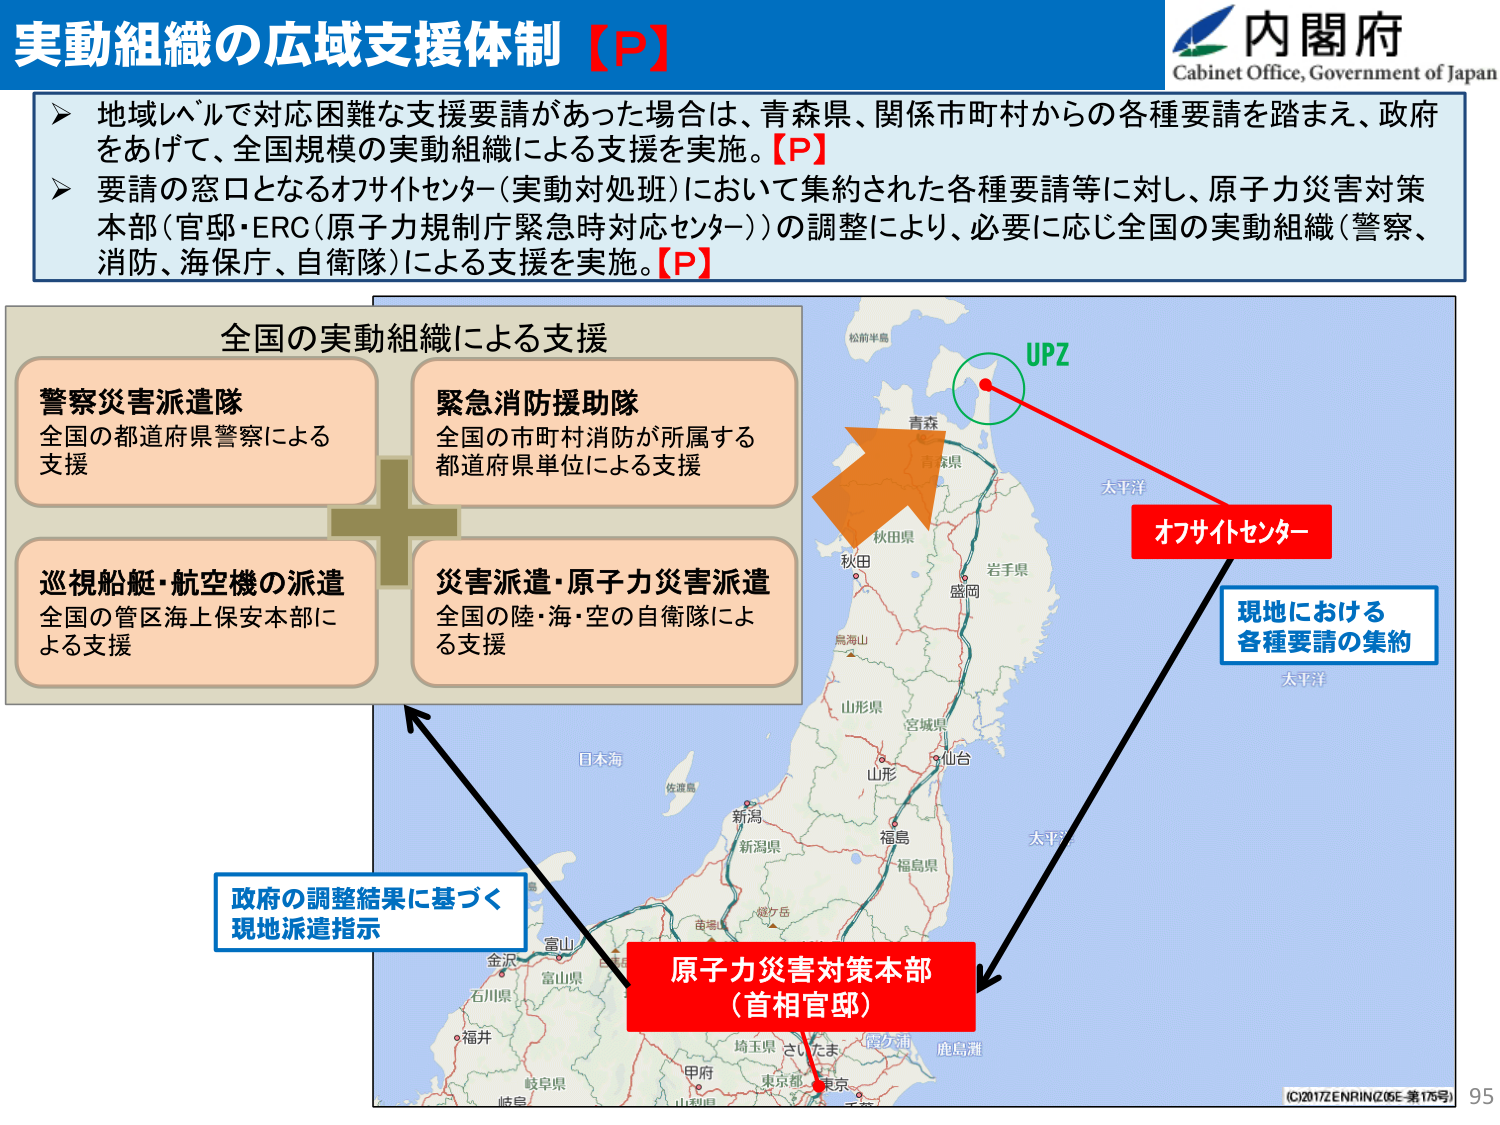
実動組織の広域支援体制【P】

▶ 地域レベルで対応困難な支援要請があった場合は、青森県、関係市町村からの各種要請を踏まえ、政府をあげて、全国規模の実動組織による支援を実施。【P】

▶ 要請の窓口となるオフサイトセンター（実動対処班）において集約された各種要請等に対し、原子力災害対策本部（官邸・ERC（原子力規制庁緊急時対応センター））の調整により、必要に応じ全国の実動組織（警察、消防、海保、自衛隊）による支援を実施。【P】

全国の実動組織による支援

警察災害派遣隊
全国の都道府県警察による支援

緊急消防援助隊
全国の市町村消防が所属する都道府県単位による支援

巡視船艇・航空機の派遣
全国の管区海上保安本部による支援

災害派遣・原子力災害派遣
全国の陸・海・空の自衛隊による支援

オフサイトセンター
現地における
各種要請の集約

原子力災害対策本部
（首相官邸）

政府の調整結果に基づく
現地派遣指示

UPZ

内閣府
Cabinet Office, Government of Japan

(C)2017ENRIN(205E-第175号)
95

青森
秋田県
岩手県
盛岡
山形県
宮城県
仙台
山形
福島
福島県
新潟
新潟県
富山
富山県
石川県
福井
岐阜県
岐阜
金沢
山梨県
甲府
埼玉県
さいたま
東京都
東京
鹿島灘
太平洋
日本海
佐渡島
能登島
松前半島
太平洋